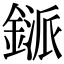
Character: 鎃